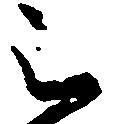
被